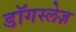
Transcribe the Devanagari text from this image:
डॉगस्लेज़